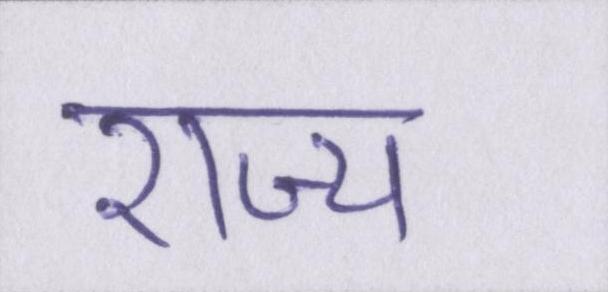
राज्य